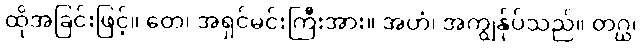
ထိုအခြင်းဖြင့်။ တေ၊ အရှင်မင်းကြီးအား။ အဟံ၊ အကျွန်ုပ်သည်။ တဂ္ဃ၊